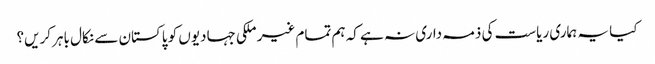
کیا یہ ہماری ریاست کی ذمہ داری نہ ہے کہ ہم تمام غیر ملکی جہادیوں کو پاکستان سے نکال باہر کریں؟